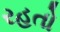
રહતો